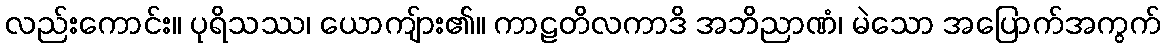
လည်းကောင်း။ ပုရိသဿ၊ ယောကျ်ား၏။ ကာဠတိလကာဒိ အဘိညာဏံ၊ မဲသော အပြောက်အကွက်